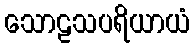
သောဠသပရိယာယံ